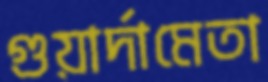
গুয়ার্দামেতা